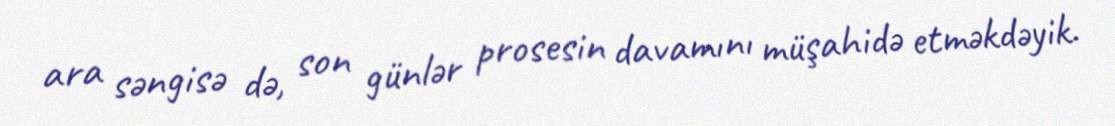
ara səngisə də, son günlər prosesin davamını müşahidə etməkdəyik.